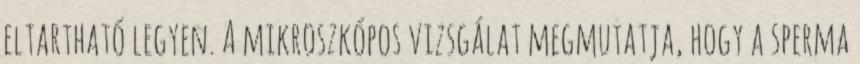
eltartható legyen. A mikroszkópos vizsgálat megmutatja, hogy a sperma